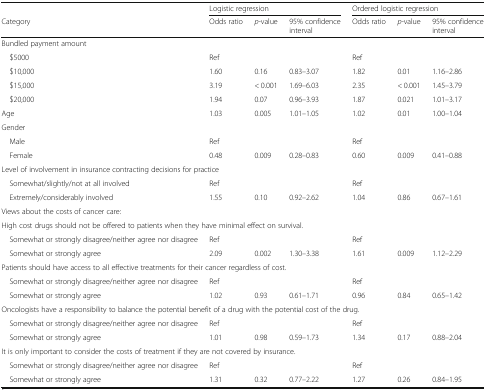
<table><thead><tr><td></td><td colspan="3"><b>Logistic regression</b></td><td colspan="3"><b>Ordered logistic regression</b></td></tr><tr><td><b>Category</b></td><td><b>Odds ratio</b></td><td><b><i>p</i>-value</b></td><td><b>95% confidence interval</b></td><td><b>Odds ratio</b></td><td><b><i>p</i>-value</b></td><td><b>95% confidence interval</b></td></tr></thead><tbody><tr><td colspan="7">Bundled payment amount</td></tr><tr><td> $5000</td><td>Ref</td><td></td><td></td><td>Ref</td><td></td><td></td></tr><tr><td> $10,000</td><td>1.60</td><td>0.16</td><td>0.83–3.07</td><td>1.82</td><td>0.01</td><td>1.16–2.86</td></tr><tr><td> $15,000</td><td>3.19</td><td>&lt; 0.001</td><td>1.69–6.03</td><td>2.35</td><td>&lt; 0.001</td><td>1.45–3.79</td></tr><tr><td> $20,000</td><td>1.94</td><td>0.07</td><td>0.96–3.93</td><td>1.87</td><td>0.021</td><td>1.01–3.17</td></tr><tr><td>Age</td><td>1.03</td><td>0.005</td><td>1.01–1.05</td><td>1.02</td><td>0.01</td><td>1.00–1.04</td></tr><tr><td>Gender</td><td></td><td></td><td></td><td></td><td></td><td></td></tr><tr><td> Male</td><td>Ref</td><td></td><td></td><td>Ref</td><td></td><td></td></tr><tr><td> Female</td><td>0.48</td><td>0.009</td><td>0.28–0.83</td><td>0.60</td><td>0.009</td><td>0.41–0.88</td></tr><tr><td colspan="7">Level of involvement in insurance contracting decisions for practice</td></tr><tr><td> Somewhat/slightly/not at all involved</td><td>Ref</td><td></td><td></td><td>Ref</td><td></td><td></td></tr><tr><td> Extremely/considerably involved</td><td>1.55</td><td>0.10</td><td>0.92–2.62</td><td>1.04</td><td>0.86</td><td>0.67–1.61</td></tr><tr><td colspan="7">Views about the costs of cancer care:</td></tr><tr><td colspan="7">High cost drugs should not be offered to patients when they have minimal effect on survival.</td></tr><tr><td> Somewhat or strongly disagree/neither agree nor disagree</td><td>Ref</td><td></td><td></td><td>Ref</td><td></td><td></td></tr><tr><td> Somewhat or strongly agree</td><td>2.09</td><td>0.002</td><td>1.30–3.38</td><td>1.61</td><td>0.009</td><td>1.12–2.29</td></tr><tr><td colspan="7">Patients should have access to all effective treatments for their cancer regardless of cost.</td></tr><tr><td> Somewhat or strongly disagree/neither agree nor disagree</td><td>Ref</td><td></td><td></td><td>Ref</td><td></td><td></td></tr><tr><td> Somewhat or strongly agree</td><td>1.02</td><td>0.93</td><td>0.61–1.71</td><td>0.96</td><td>0.84</td><td>0.65–1.42</td></tr><tr><td colspan="7">Oncologists have a responsibility to balance the potential benefit of a drug with the potential cost of the drug.</td></tr><tr><td> Somewhat or strongly disagree/neither agree nor disagree</td><td>Ref</td><td></td><td></td><td>Ref</td><td></td><td></td></tr><tr><td> Somewhat or strongly agree</td><td>1.01</td><td>0.98</td><td>0.59–1.73</td><td>1.34</td><td>0.17</td><td>0.88–2.04</td></tr><tr><td colspan="7">It is only important to consider the costs of treatment if they are not covered by insurance.</td></tr><tr><td> Somewhat or strongly disagree/neither agree nor disagree</td><td>Ref</td><td></td><td></td><td>Ref</td><td></td><td></td></tr><tr><td> Somewhat or strongly agree</td><td>1.31</td><td>0.32</td><td>0.77–2.22</td><td>1.27</td><td>0.26</td><td>0.84–1.95</td></tr></tbody></table>